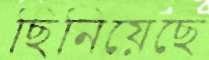
ছিনিয়েছে